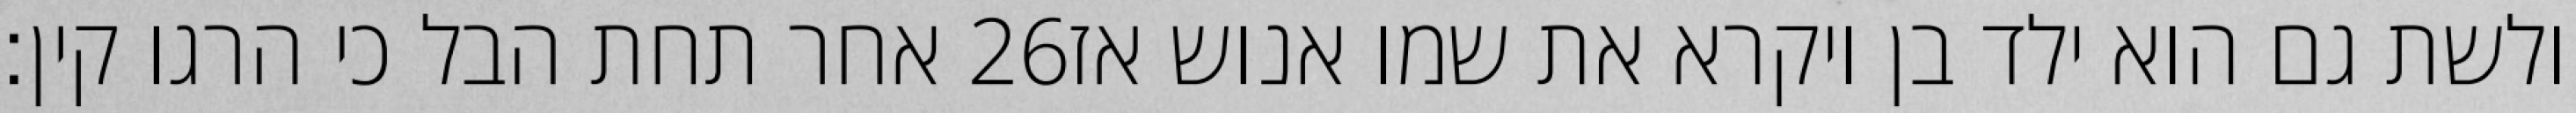
אחר תחת הבל כי הרגו קין׃ ‎26‏ ולשת גם הוא ילד בן ויקרא את שמו אנוש אז